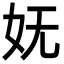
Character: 妩